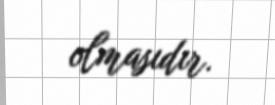
olmasıdır.